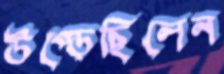
উপ্‌ড়েছিলেন